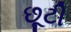
છૂટી